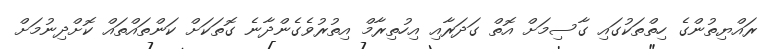
ރައްޔިތުންގެ ހިތްތަކުގައި ގާސިމަށް އޮތް ގަދަރާއި އިހުތިރާމް އިތުރުވެގެންދާނެ ގޮތަކަށް ކަންތައްތައް ކޮށްދިނުމަށް